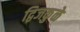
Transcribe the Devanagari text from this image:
द्विजकुळे